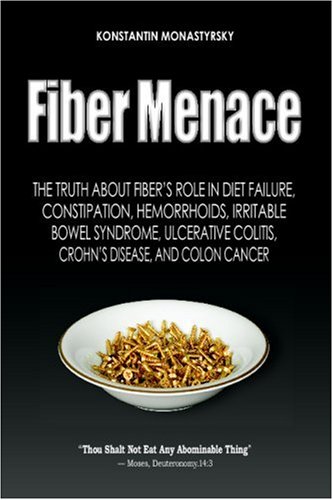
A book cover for Fiber Menace: The Truth About the Leading Role of Fiber in Diet Failure, Constipation, Hemorrhoids, Irritable Bowel Syndrome, Ulcerative Colitis, Crohn's Disease, and Colon Cancer; Konstantin Monastyrsky; Health, Fitness & Dieting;